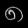
Digit: ၈